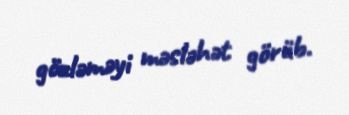
gözləməyi məsləhət görüb.